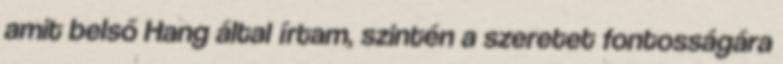
amit belső Hang által írtam, szintén a szeretet fontosságára